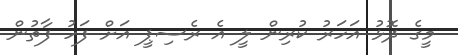
މީގެ ދޮޅު އަހަރު ކުރިން ލީ އެ ރެސިޕީ އަށް ފަހު ފާތުން